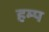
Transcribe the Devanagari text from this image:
हम्प